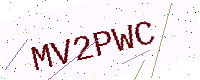
Text: MV2PWC